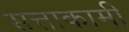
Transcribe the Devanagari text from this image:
सत्ताकामी